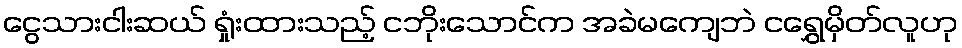
ငွေသားငါးဆယ် ရှုံးထားသည့် ငဘိုးသောင်က အခဲမကျေဘဲ ငရွှေမှိတ်လူဟု